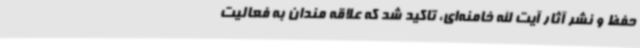
حفظ و نشر آثار آیت الله خامنه‌ای، تاکید شد که علاقه مندان به فعالیت